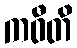
ကဝီတိ